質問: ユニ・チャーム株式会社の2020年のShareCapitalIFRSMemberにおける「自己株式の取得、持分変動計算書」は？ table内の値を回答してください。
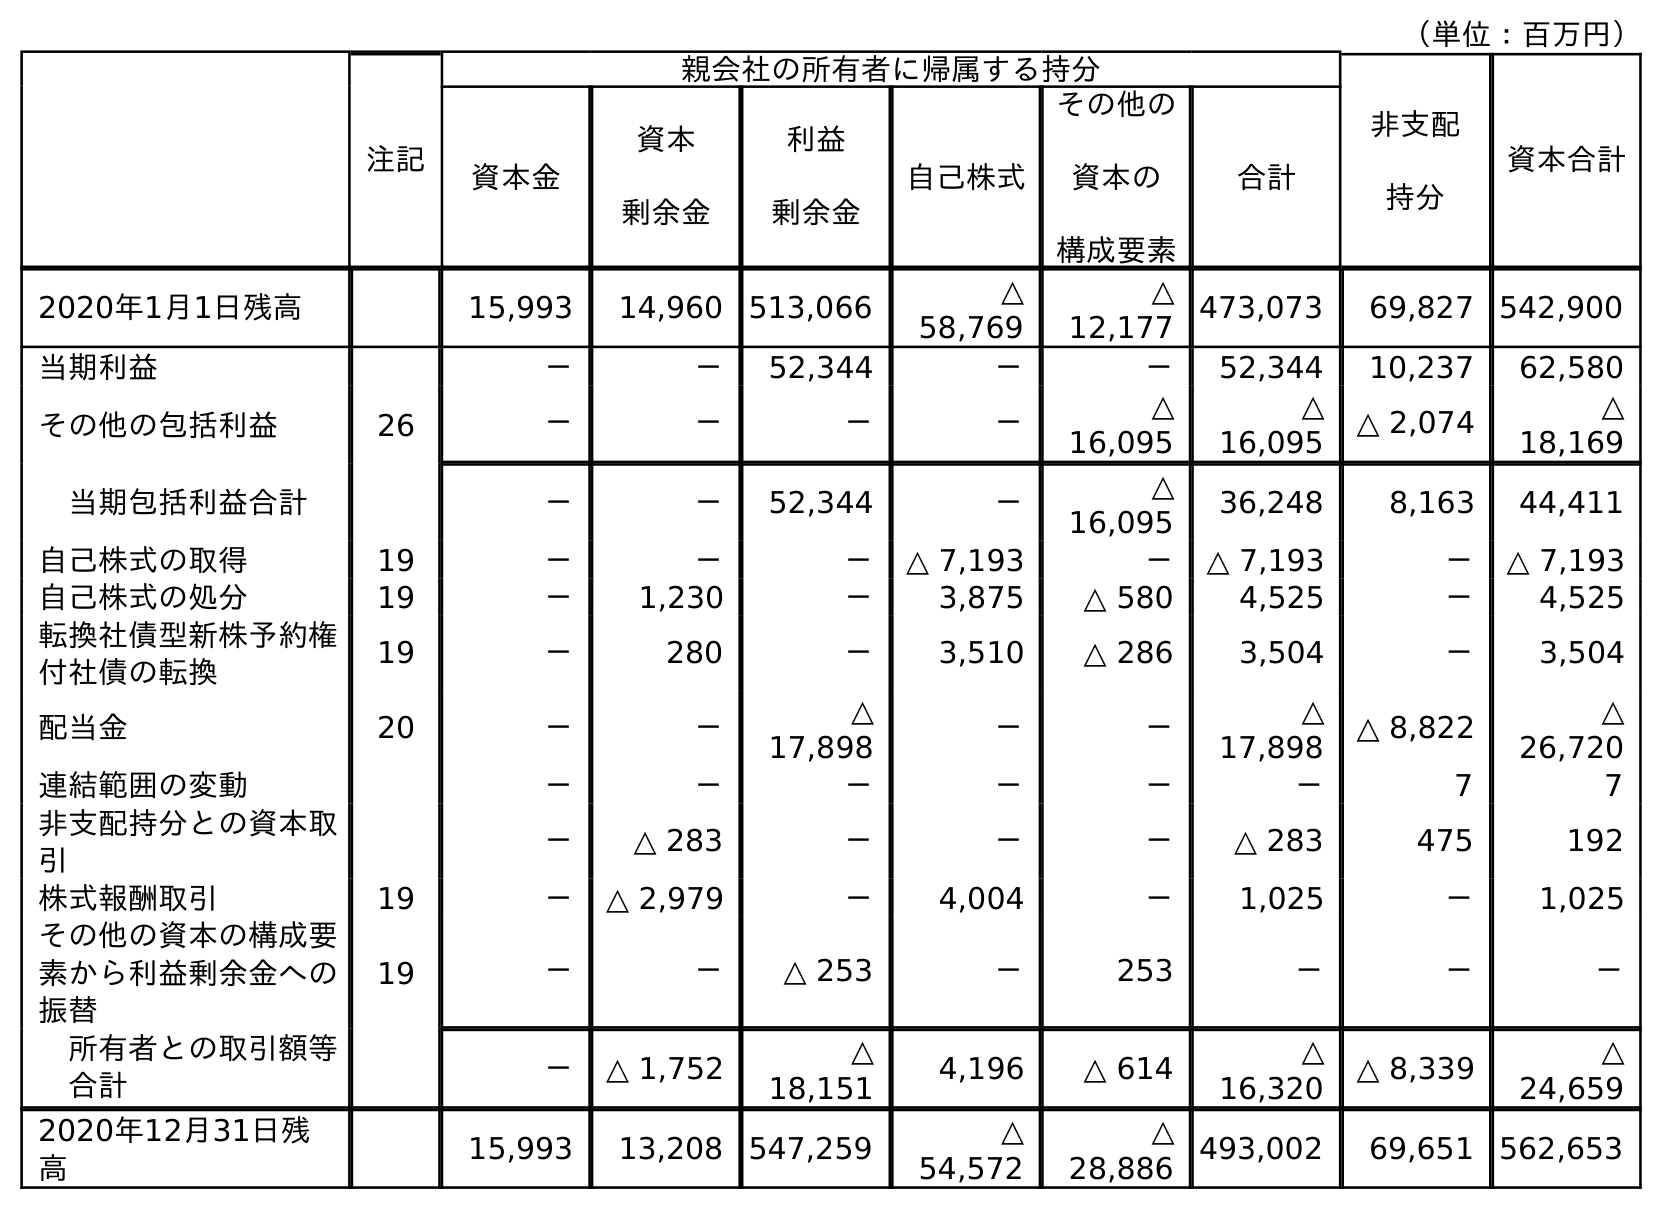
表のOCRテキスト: （単位：百万円） 注記 親会社の所有者に帰属する持分 非支配 持分 資本合計 資本金 資本 剰余金 利益 剰余金 自己株式 その他の 資本の 構成要素 合計 2020年1月1日残高 15,993 14,960 513,066 △ 58,769 △ 12,177 473,073 69,827 542,900 当期利益 － － 52,344 － － 52,344 10,237 62,580 その他の包括利益 26 － － － － △ 16,095 △ 16,095 △ 2,074 △ 18,169 当期包括利益合計 － － 52,344 － △ 16,095 36,248 8,163 44,411 自己株式の取得 19 － － － △ 7,193 － △ 7,193 － △ 7,193 自己株式の処分 19 － 1,230 － 3,875 △ 580 4,525 － 4,525 転換社債型新株予約権 付社債の転換 19 － 280 － 3,510 △ 286 3,504 － 3,504 配当金 20 － － △ 17,898 － － △ 17,898 △ 8,822 △ 26,720 連結範囲の変動 － － － － － － 7 7 非支配持分との資本取 引 － △ 283 － － － △ 283 475 192 株式報酬取引 19 － △ 2,979 － 4,004 － 1,025 － 1,025 その他の資本の構成要 素から利益剰余金への 振替 19 － － △ 253 － 253 － － － 所有者との取引額等 合計 － △ 1,752 △ 18,151 4,196 △ 614 △ 16,320 △ 8,339 △ 24,659 2020年12月31日残 高 15,993 13,208 547,259 △ 54,572 △ 28,886 493,002 69,651 562,653
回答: －